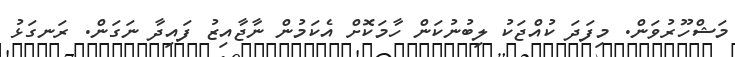
މަޝްހޫރުވަން. މިފަދަ ކުއްޖަކު ލިބުނުކަން ހާމަކޮށް އެކަމުން ނާޖާއިޒު ފައިދާ ނަގަން. ރަނގަޅު